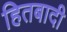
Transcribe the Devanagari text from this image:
हितबादी